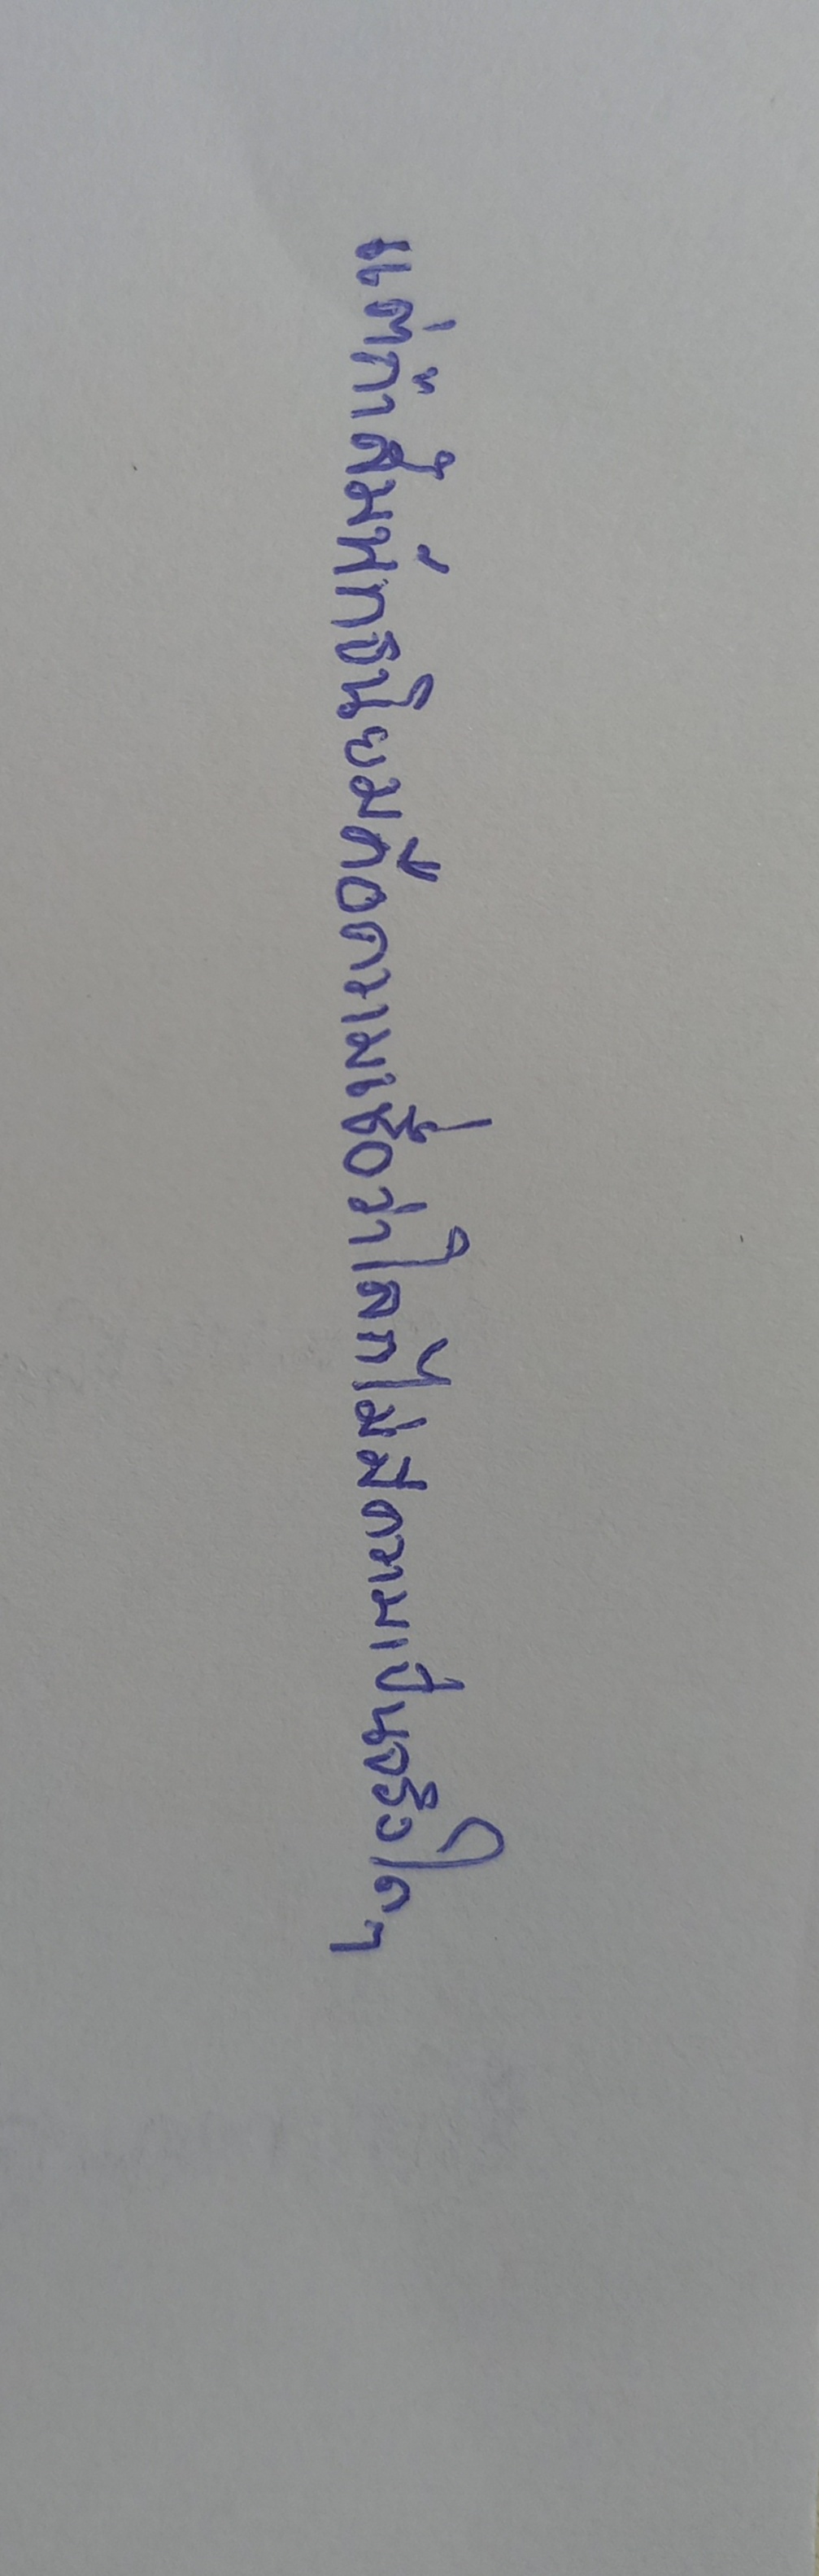
แต่ถ้าสัมพัทธนิยมคือความเชื่อว่าโลกไม่มีความเป็นจริงใดๆ